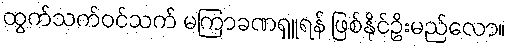
ထွက်သက်ဝင်သက် မကြာခဏရှူရန် ဖြစ်နိုင်ဥိးမည်လော။